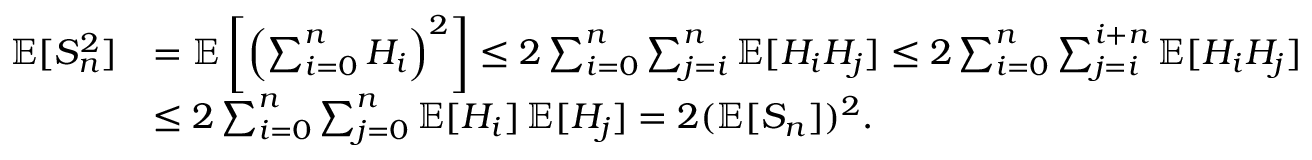
\begin{array} { r l } { \operatorname { \mathbb { E } } [ S _ { n } ^ { 2 } ] } & { = \operatorname { \mathbb { E } } \left[ \left( \sum _ { i = 0 } ^ { n } H _ { i } \right) ^ { 2 } \right] \leq 2 \sum _ { i = 0 } ^ { n } \sum _ { j = i } ^ { n } \operatorname { \mathbb { E } } [ H _ { i } H _ { j } ] \leq 2 \sum _ { i = 0 } ^ { n } \sum _ { j = i } ^ { i + n } \operatorname { \mathbb { E } } [ H _ { i } H _ { j } ] } \\ & { \leq 2 \sum _ { i = 0 } ^ { n } \sum _ { j = 0 } ^ { n } \operatorname { \mathbb { E } } [ H _ { i } ] \operatorname { \mathbb { E } } [ H _ { j } ] = 2 ( \operatorname { \mathbb { E } } [ S _ { n } ] ) ^ { 2 } . } \end{array}